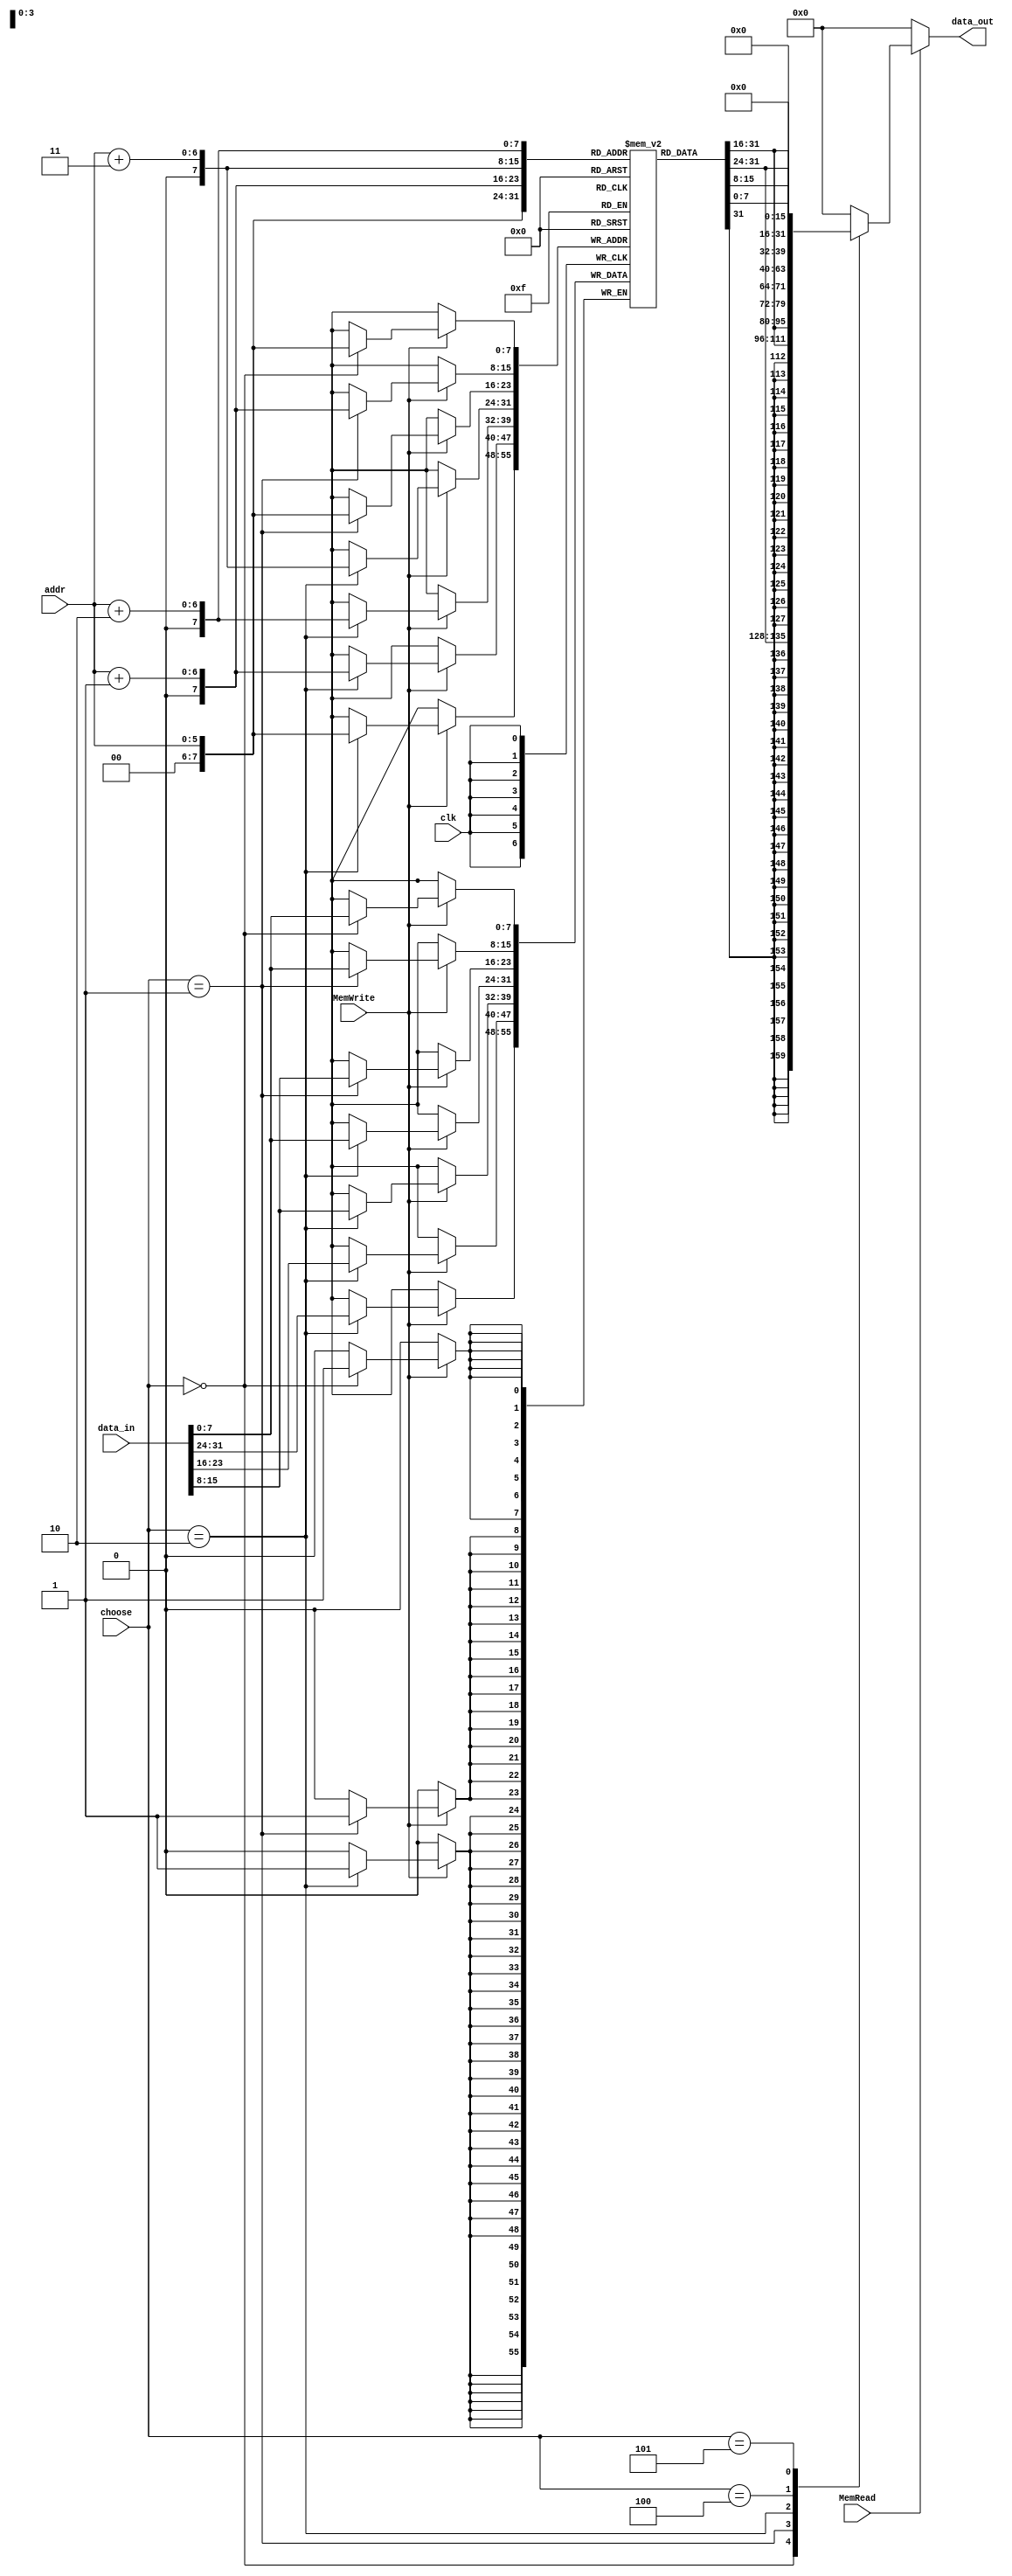
`timescale 1ns / 1ps
//////////////////////////////////////////////////////////////////////////////////
// Module: DateMem.v
// Project: Single Cycled RISC_V Processor
// Description: The data memory of the datapath
//////////////////////////////////////////////////////////////////////////////////


module DataMem(input clk, input[2:0] choose ,input MemRead, input MemWrite,input [5:0] addr, input [31:0] data_in, output reg [31:0] data_out);
    reg [7:0] mem [0:150];
        always@ (*) begin
        if(MemRead)
            case(choose)
                3'b000:   data_out = {{24{mem[addr][7]}},mem[addr]};
                3'b001:   data_out = {{16{mem[addr][7]}}, mem[addr], mem[addr+1]};
                3'b010:   data_out = {mem[addr], mem[addr+1], mem[addr+2], mem[addr+3]};
                3'b100:   data_out = {24'b0, mem[addr]};
                3'b101:   data_out = {16'b0, mem[addr], mem[addr+1]};      
                default:  data_out = 32'b0;
            endcase
        else
            data_out = 32'b0;
    end

    always @(posedge(clk)) begin
        if(MemWrite)
                case(choose)
                    3'b000:  mem[addr] = data_in[7:0];   
                    3'b001:  {mem[addr], mem[addr+1]} = data_in[15:0];
                    3'b010:  {mem[addr], mem[addr+1], mem[addr+2], mem[addr+3]} = data_in;
                endcase
    end 
    initial begin
        {mem[0], mem[1], mem[2], mem[3]}=32'd17;
        {mem[4], mem[5], mem[6], mem[7]}=32'd9;
        {mem[8], mem[9], mem[10], mem[11]}=32'd5;
    end 


endmodule